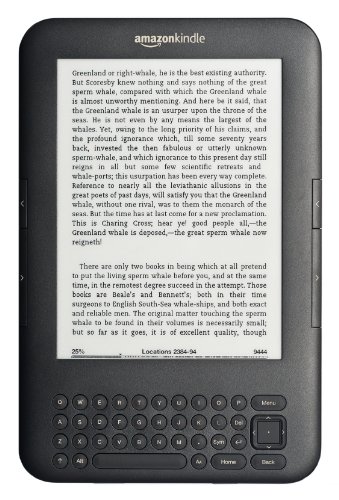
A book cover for A Kindle for Everyone; Jim Lynch; Computers & Technology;